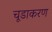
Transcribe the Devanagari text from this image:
चूडाकरण